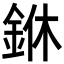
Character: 銝